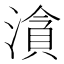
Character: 㵅